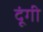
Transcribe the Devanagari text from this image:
दूंगी